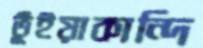
ভূঁইয়াকান্দি